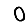
Digit: 0